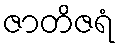
ဇာတိဇရံ